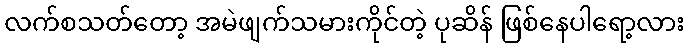
လက်စသတ်တော့ အမဲဖျက်သမားကိုင်တဲ့ ပုဆိန် ဖြစ်နေပါရော့လား